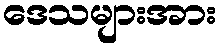
ဒေသများအား